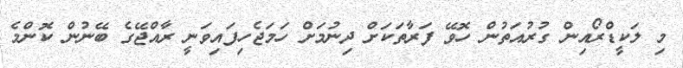
މި ލަކީޑްރޯއިން ގުރުއަތުން ހޮވޭ ފަރާތަކަށް ދިނުމަށް ހަމަޖެހިފައިވަނީ ރާއްޖޭގެ ބޭނުން ކޮންމެ